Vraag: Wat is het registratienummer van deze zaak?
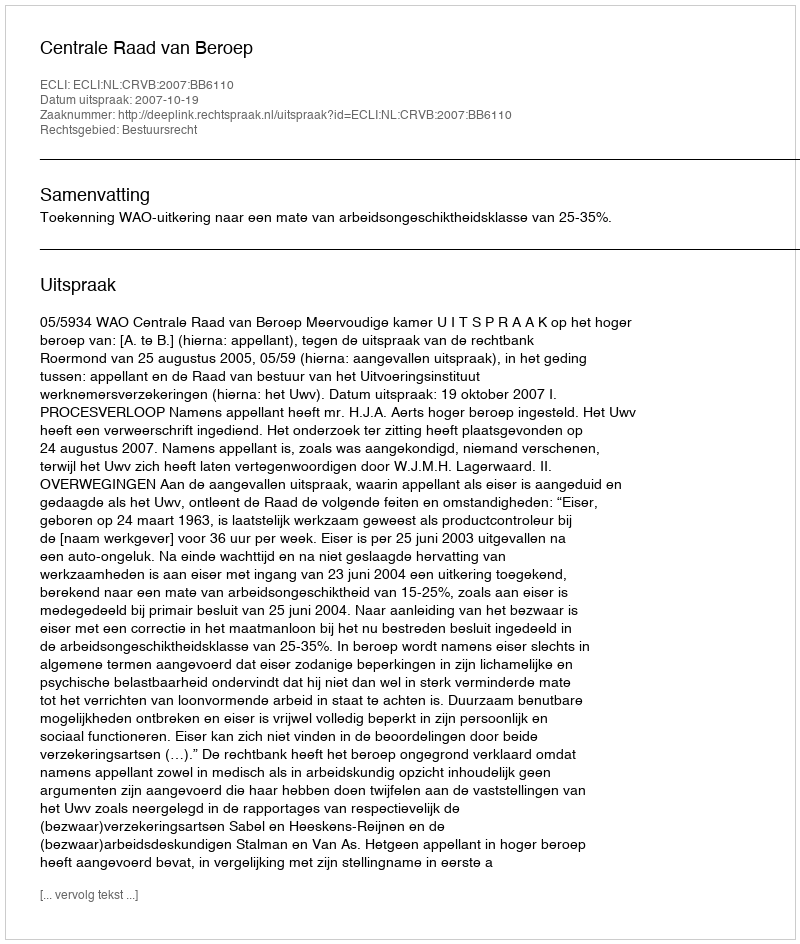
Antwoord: http://deeplink.rechtspraak.nl/uitspraak?id=ECLI:NL:CRVB:2007:BB6110